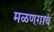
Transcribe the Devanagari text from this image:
मळणगाव